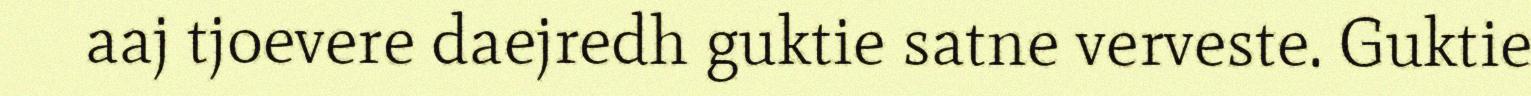
aaj tjoevere daejredh guktie satne verveste. Guktie